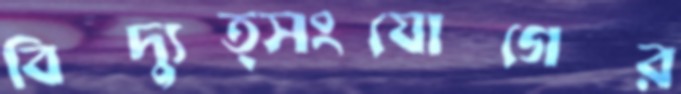
বিদ্যুত্সংযোগের